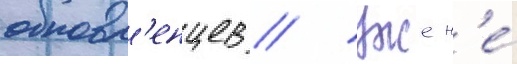
обновл'енцев // Уже н'е́